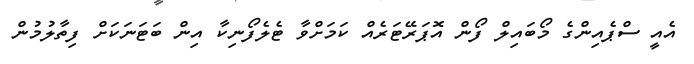
އެއީ ސްޕެއިންގެ މޯބައިލް ފޯން އޮޕަރޭޓަރެއް ކަމަށްވާ ޓެލެފޯނިކާ އިން ބަޓަނަކަށް ފިތާލުމުން